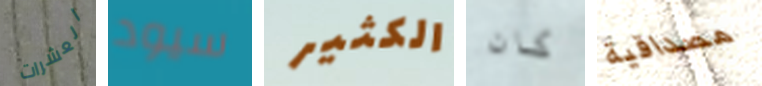
العشرات سيود الكثير كان مصداقية